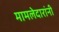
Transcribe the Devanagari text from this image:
मामलेदारांनी